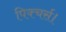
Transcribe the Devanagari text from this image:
पिक्चर्स।